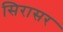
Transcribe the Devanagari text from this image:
सिरासर